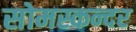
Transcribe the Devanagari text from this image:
सोमस्कन्दर